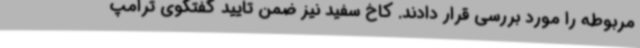
مربوطه را مورد بررسی قرار دادند. کاخ سفید نیز ضمن تایید گفتگوی ترامپ